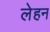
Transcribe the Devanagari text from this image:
लेहन